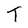
Character: T